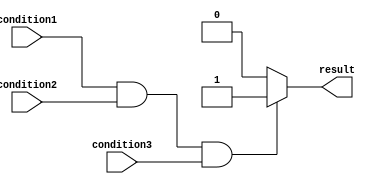
module behavior_modeling_block (
    input wire condition1,
    input wire condition2,
    input wire condition3,
    output reg result
);

always @* begin
    if (condition1 && condition2 && condition3) begin
        // Code block within the if statement
        result = 1;
    end
    else begin
        // Code block within the else statement
        result = 0;
    end
end

endmodule